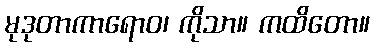
မုဒုတာကာရောဝ၊ ကိုသာ။ ကထိတော။